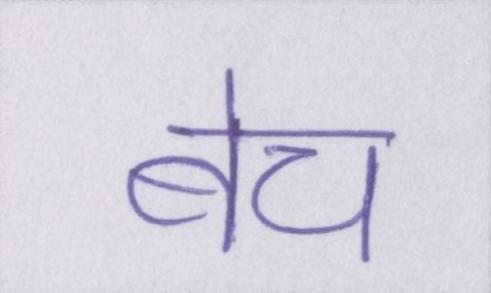
बेच